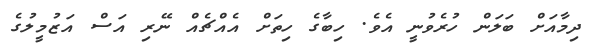
ދިމާއަށް ބަލަން ހުރެވުނީ އެވެ. ހިބާގެ ހިތަށް އެއްޗެއް ނޭރި އަސް އަޒުމީލުގެ